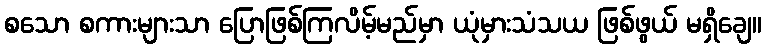
စသော စကားများသာ ပြောဖြစ်ကြလိမ့်မည်မှာ ယုံမှားသံသယ ဖြစ်ဖွယ် မရှိချေ။